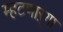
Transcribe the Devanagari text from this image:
म्हटणाऱ्या